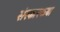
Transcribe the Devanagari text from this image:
संस्कारकथा